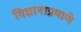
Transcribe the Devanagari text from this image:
विज्ञानाप्रमाणे